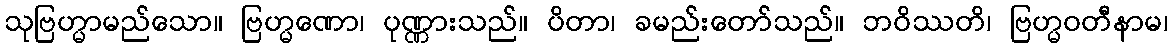
သုဗြဟ္မာမည်သော။ ဗြဟ္မဏော၊ ပုဏ္ဏားသည်။ ပိတာ၊ ခမည်းတော်သည်။ ဘဝိဿတိ၊ ဗြဟ္မဝတီနာမ၊